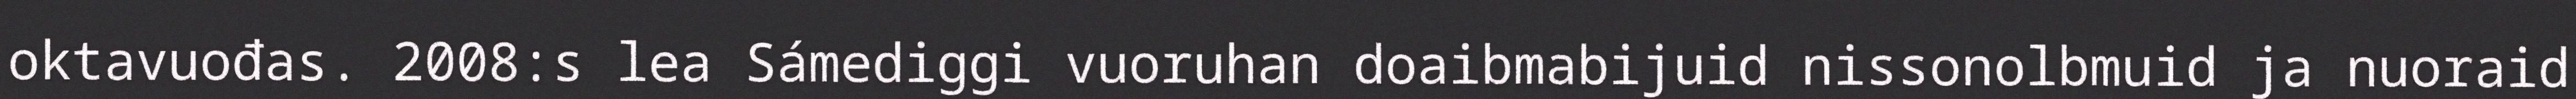
oktavuođas. 2008:s lea Sámediggi vuoruhan doaibmabijuid nissonolbmuid ja nuoraid